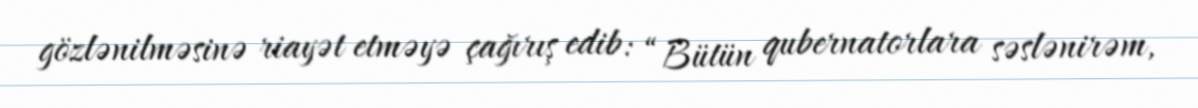
gözlənilməsinə riayət etməyə çağırış edib: “Bütün qubernatorlara səslənirəm,